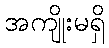
အကျိုးမရှိ